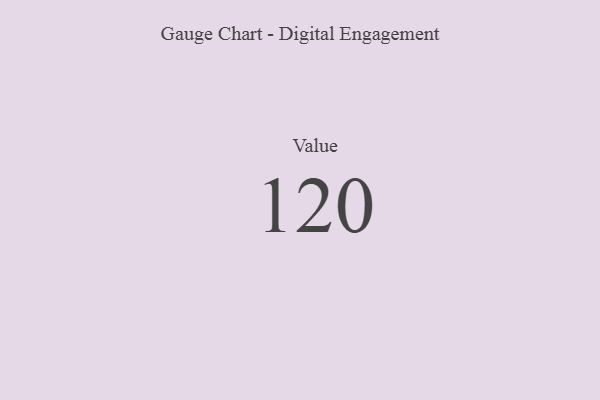
{"axis": {"x": "Metric", "y": "Value"}, "legend": [""], "data": [{"x": "Value", "y": 120, "type": ""}]}